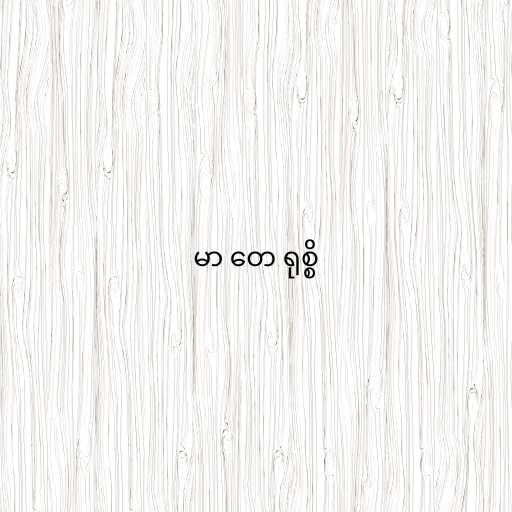
မာ တေ ရုစ္စိ